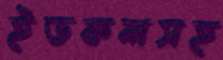
ইডকলসহ